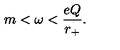
m < \omega < \frac { e Q } { r _ { + } } .